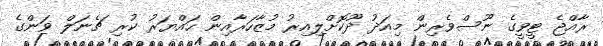
ރާއްޖެ ޓީވީގެ ނޫސްވެރިން މިއަދު ދޫކޮށްލިއިރު މުޒާހަރާއިން ހައްޔަރު ކުރި ޗެނަލް ވަންގެ